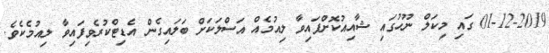
01-12-2019 ގައި މިކަލް ނޫހުގައި ޝާއިއުކޮށްފައިވާ ލިއުމެއް އަސްލަކަށް ބަލައިގެން އެޑިޓްކުރެވިފައިވާ ލިއުމެކެވެ.